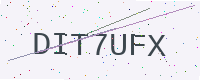
Text: DIT7UFX